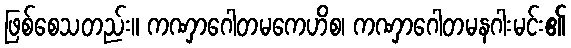
ဖြစ်စေသတည်း။ ကဏှာဂေါတမကေဟိစ၊ ကဏှာဂေါတမနဂါးမင်း၏